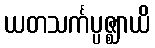
ယတသင်္ကပ္ပဇ္ဈာယိ